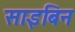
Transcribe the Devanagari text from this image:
साइबिन